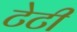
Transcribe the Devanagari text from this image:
टेटी